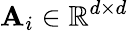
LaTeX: \mathbf{A}_{i}\in\mathbb{R}^{d\times d}